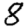
Digit: 8